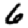
Digit: 6